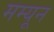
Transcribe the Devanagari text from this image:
मम्यून